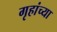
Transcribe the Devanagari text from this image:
गृहांच्या